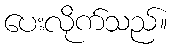
ပေးလိုက်သည်။